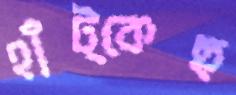
হাঁট্‌কেছ